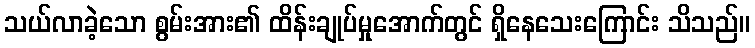
သယ်လာခဲ့သော စွမ်းအား၏ ထိန်းချုပ်မှုအောက်တွင် ရှိနေသေးကြောင်း သိသည်။